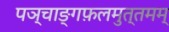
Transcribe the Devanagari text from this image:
पञ्चाङ्गफ़लमुत्तमम्